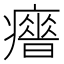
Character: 𤻣